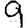
Digit: 9